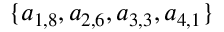
\{ a _ { 1 , 8 } , a _ { 2 , 6 } , a _ { 3 , 3 } , a _ { 4 , 1 } \}